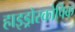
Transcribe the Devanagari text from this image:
हाइड्रोस्कोपिक